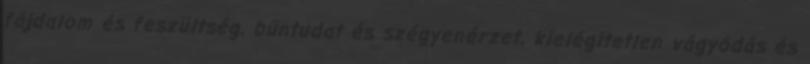
fájdalom és feszültség, bűntudat és szégyenérzet, kielégítetlen vágyódás és